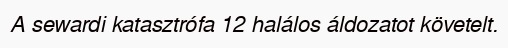
A sewardi katasztrófa 12 halálos áldozatot követelt.